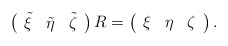
\begin{align*} \left( \begin{array}{ccc} \tilde{\xi} & \tilde{\eta} & \tilde{\zeta}\end{array} \right) R= \left( \begin{array}{ccc} {\xi} & {\eta} & {\zeta}\end{array} \right).\end{align*}